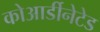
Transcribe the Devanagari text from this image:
कोआर्डीनेटेड